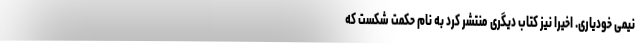
نیمی خودیاری. اخیراً نیز کتاب دیگری منتشر کرد به نام حکمتِ شکست که